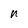
Character: n